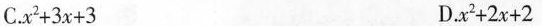
C.$$x ^ { 2 } + 3 x + 3$$ D.$$x ^ { 2 } + 2 x + 2$$